Lunatic asylums Bombay report 1891-1903 - 1891-1903
Year: 1891
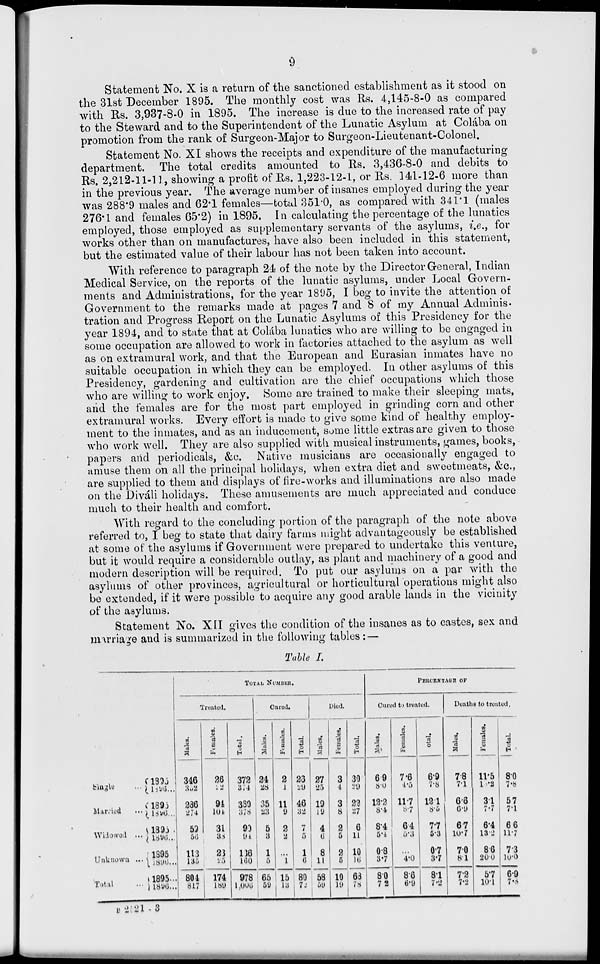
9
Statement No. X is a return of the sanctioned establishment as it stood on
the 31st December 1895. The monthly cost was Rs. 4,145-8-0 as compared
with Rs. 3,937-8-0 in 1895. The increase is due to the increased rate of pay
to the Steward and to the Superintendent of the Lunatic Asylum at Colába on
promotion from the rank of Surgeon-Major to Surgeon-Lieutenant-Colonel.
Statement No. XI shows the receipts and expenditure of the manufacturing
department. The total credits amounted to Rs. 3,436-8-0 and debits to
Rs. 2,212-11-11, showing a profit of Rs. 1,223-12-1, or Rs. 141-12-6 more than
in the previous year. The average number of insanes employed during the year
was 288.9 males and 62.1 females—total 351.0, as compared with 341.1 (males
276.1 and females 65.2) in 1895. In calculating the percentage of the lunatics
employed, those employed as supplementary servants of the asylums, i.e., for
works other than on manufactures, have also been included in this statement,
but the estimated value of their labour has not been taken into account.
With reference to paragraph 24 of the note by the Director General, Indian
Medical Service, on the reports of the lunatic asylums, under Local Govern-
ments and Administrations, for the year 1895, I beg to invite the attention of
Government to the remarks made at pages 7 and 8 of my Annual Adminis-
tration and Progress Report on the Lunatic Asylums of this Presidency for the
year 1894, and to state that at Colába lunatics who are willing to be engaged in
some occupation are allowed to work in factories attached to the asylum as well
as on extramural work, and that the European and Eurasian inmates have no
suitable occupation in which they can be employed. In other asylums of this
Presidency, gardening and cultivation are the chief occupations which those
who are willing to work enjoy. Some are trained to make their sleeping mats,
and the females are for the most part employed in grinding corn and other
extramural works. Every effort is made to give some kind of healthy employ-
ment to the inmates, and as an inducement, some little extras are given to those
who work well. They are also supplied with musical instruments, games, books,
papers and periodicals, &c. Native musicians are occasionally engaged to
amuse them on all the principal holidays, when extra diet and sweetmeats, &c.,
are supplied to them and displays of fire-works and illuminations are also made
on the Diváli holidays. These amusements are much appreciated and conduce
much to their health and comfort.
With regard to the concluding portion of the paragraph of the note above
referred to, I beg to state that dairy farms might advantageously be established
at some of the asylums if Government were prepared to undertake this venture,
but it would require a considerable outlay, as plant and machinery of a good and
modern description will be required. To put our asylums on a par with the
asylums of other provinces, agricultural or horticultural operations might also
be extended, if it were possible to acquire any good arable lands in the vicinity
of the asylums.
Statement No. XII gives the condition of the insanes as to castes, sex and
marriage and is summarized in the following tables : —
Table I.
Single ...
Married
Widowed ...
Unknown ...
Total ...
1895 ...
1896 ...
1895 ...
1896 ...
1895 ...
1896 ...
1895 ...
1896 ...
1895 ...
1896 ...
TOTAL NUMBER.
Treated.
Males.
346
352
286
274
59
56
113
135
804
817
Females.
26
22
94
104
31
38
23
25
174
189
Total.
372
374
380
378
90
94
136
160
978
1,006
Cured.
Males.
24
28
35
23
5
3
1
5
65
59
Females.
2
1
11
9
2
2
...
1
15
13
Total.
26
29
46
32
7
5
1
6
80
72
Died.
Males.
27
25
19
19
4
6
8
11
58
59
Females.
3
4
3
8
2
5
2
5
10
19
Total.
30
29
22
27
6
11
10
16
68
78
PERCENTAGE OF
Cured to treated.
Males.
6.9
8.0
12.2
8.4
8.4
5.4
0.8
3.7
8.0
7.2
Females.
7.6
4.5
11.7
8.7
6.4
5.3
...
4.0
8.6
6.9
Total.
6.9
7.8
12.1
8.5
7.7
5.3
0.7
3.7
8.1
7.2
Deaths to treated.
Males.
7.8
7.1
6.6
6.9
6.7
10.7
7.0
8.1
7.2
7.2
Females.
11.5
l3.2
3.1
7.7
6.4
13.2
8.6
20.0
5.7
10.1
Total.
8.0
7.8
5.7
7.1
6.6
11.7
7.3
10.0
6.9
7.8
B 2521 —3